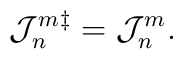
{\cal J}^m_n{}^\ddag={\cal J}^m_n.